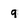
Character: q